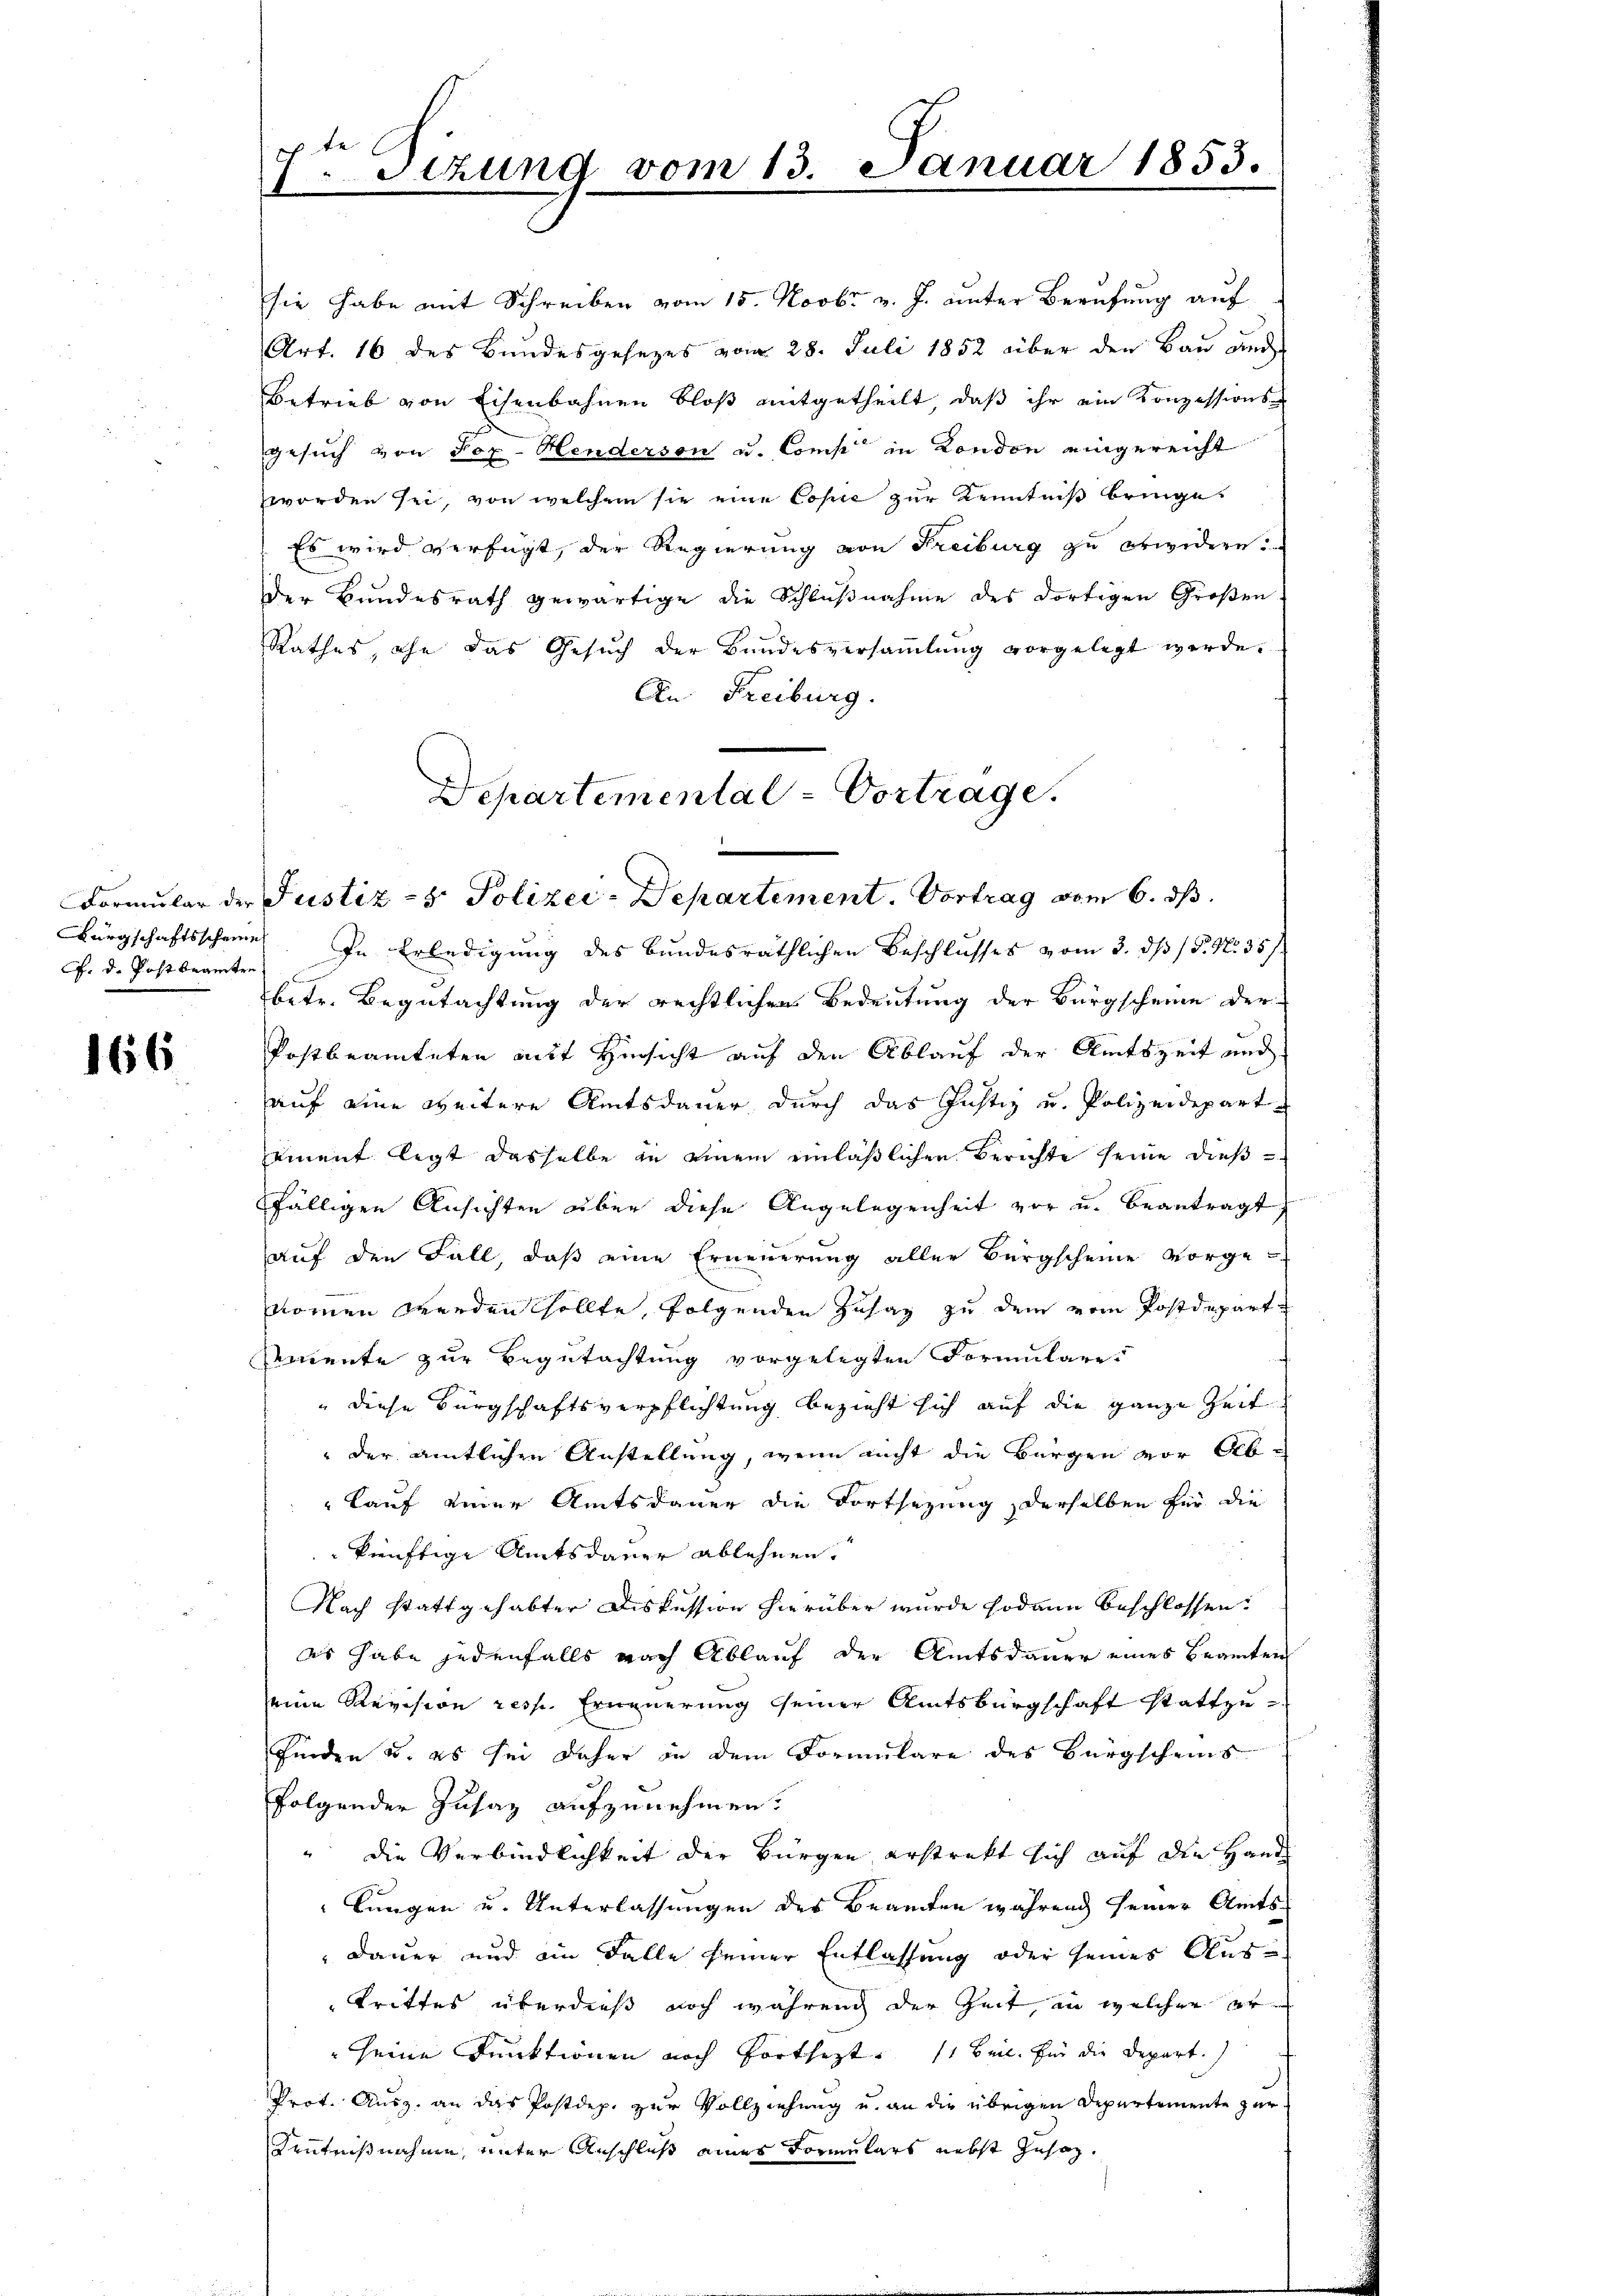
G. d. Post beamten

166

I.Stzung vom 13. Januar 1853.

sie habe mit Schreiben vom 15. Novbr v. J. unter Berufung auf
Art. 16 des Bundesgesezes vom 28. Juli 1852 über den Bau und
Betrieb von Eisenbahnen bloß mitgetheilt, daß ihr ein Konzessions-
gesuch von Fox-Henderson u. Comp in London eingereicht
worden sei, von welchem sie eine Copie zur Kenntniß bringe.
Es wird verfügt, der Regierung von Freiburg zu erwidern.
der Bundesrath gewärtige die Schlußnahme des dortigen Großen
Rathes, ihn das Gesuch der Bundesversammlung vorgelegt werde.
An Freiburg.
Bürgschaftsscheine. In Erledigung des Bundesräthlichen Beschlusses vom 3. dβ / 5. No. 35 f.
betr. Begutachtung der rechtlichen Bedeutung der Bürgscheine der
Postbeamteten mit Hinsicht auf den Ablauf der Amtszeit und
auf eine weitere Amtsdauer durch das Justiz u. Polizeidepart
ament legt dasselbe in einem einläßlichen Berichte seine dießfälligen Ansichten über diese Angelegenheit vor u. beantragt
auf den Fall, daß eine Erneuerung aller Bürgscheine vorge-
nomen werden sollte, folgenden Zuhay zu dem vom Postdeparte
Amnente zur Begutachtung vorgelegten Formulare
" diese Bürgschaftsverpflichtung bezieht sich auf die ganze Zeit
" der amtlichen Anstellung, wenn nicht die Bürgen vor Ab¬
Lauf einer Amtsdauer die Fortsezung, derselben für die
künftige Amtsdauer ablehnen.
Nach stattgehabter Diskussion hierüber wurde sodann beschlossen:
es habe jedenfalls nach Ablauf der Amtsdauer eines Beamten
eine Revision resp. Erneuerung seiner Amtsbürgschaft stattzu-
finden u. es sei daher in dem Formulare des Bürgscheins
folgender Zusatz aufzunehmen.
" die Verbindlichkeit der Bürgen erstrakt sich auf die Hand
lungen u. Unterlassungen der Beamten während seiner Amts¬
Dauer und ein Falle seiner Entlassung oder seines Austrittes überdieß noch während der Zeit, in welcher er
seine Funktionen noch forthept. 11 Beil. Ein die Depart.)
Prot. Ausz. an das Postdep. zur Vollziehung u. an die übrigen Departemente zur
Kenntnißnahme, unter Anschluß eines Formulars nebst Zusag¬

Departemental-Vortrage.
¬
Formular der Justiz- & Polizei-Departement. Vortrag vom 6. ds.